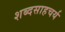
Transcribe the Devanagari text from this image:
शब्दसाहचर्य